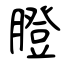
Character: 膯